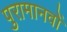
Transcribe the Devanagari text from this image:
पुरामानवों